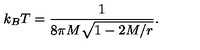
k _ { B } T = { \frac { 1 } { 8 \pi M \sqrt { 1 - 2 M / r } } } .